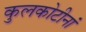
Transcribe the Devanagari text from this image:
कुलकोटीनां